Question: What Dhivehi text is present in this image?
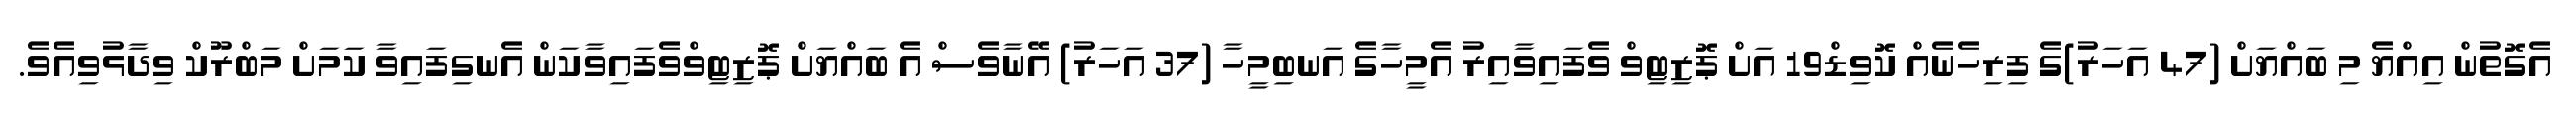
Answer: އެގޮތުން އިއްޔެ މި ބައްޔަށް (47 އަހަރު)ގެ ފިރިހެނެއް ކޮވިޑް19 އަށް ޕޮޒިޓިވް ވެފައިވާއިރު އެމީހާގެ އަނބިމީހާ (37 އަހަރު) އޭނާވެސް އެ ބައްޔަށް ޕޮޒިޓިވްވެފައިވާކަން އެނގިފައިވާ ކަމަށް މަބްރޫކް ވިދާޅުވިއެވެ.